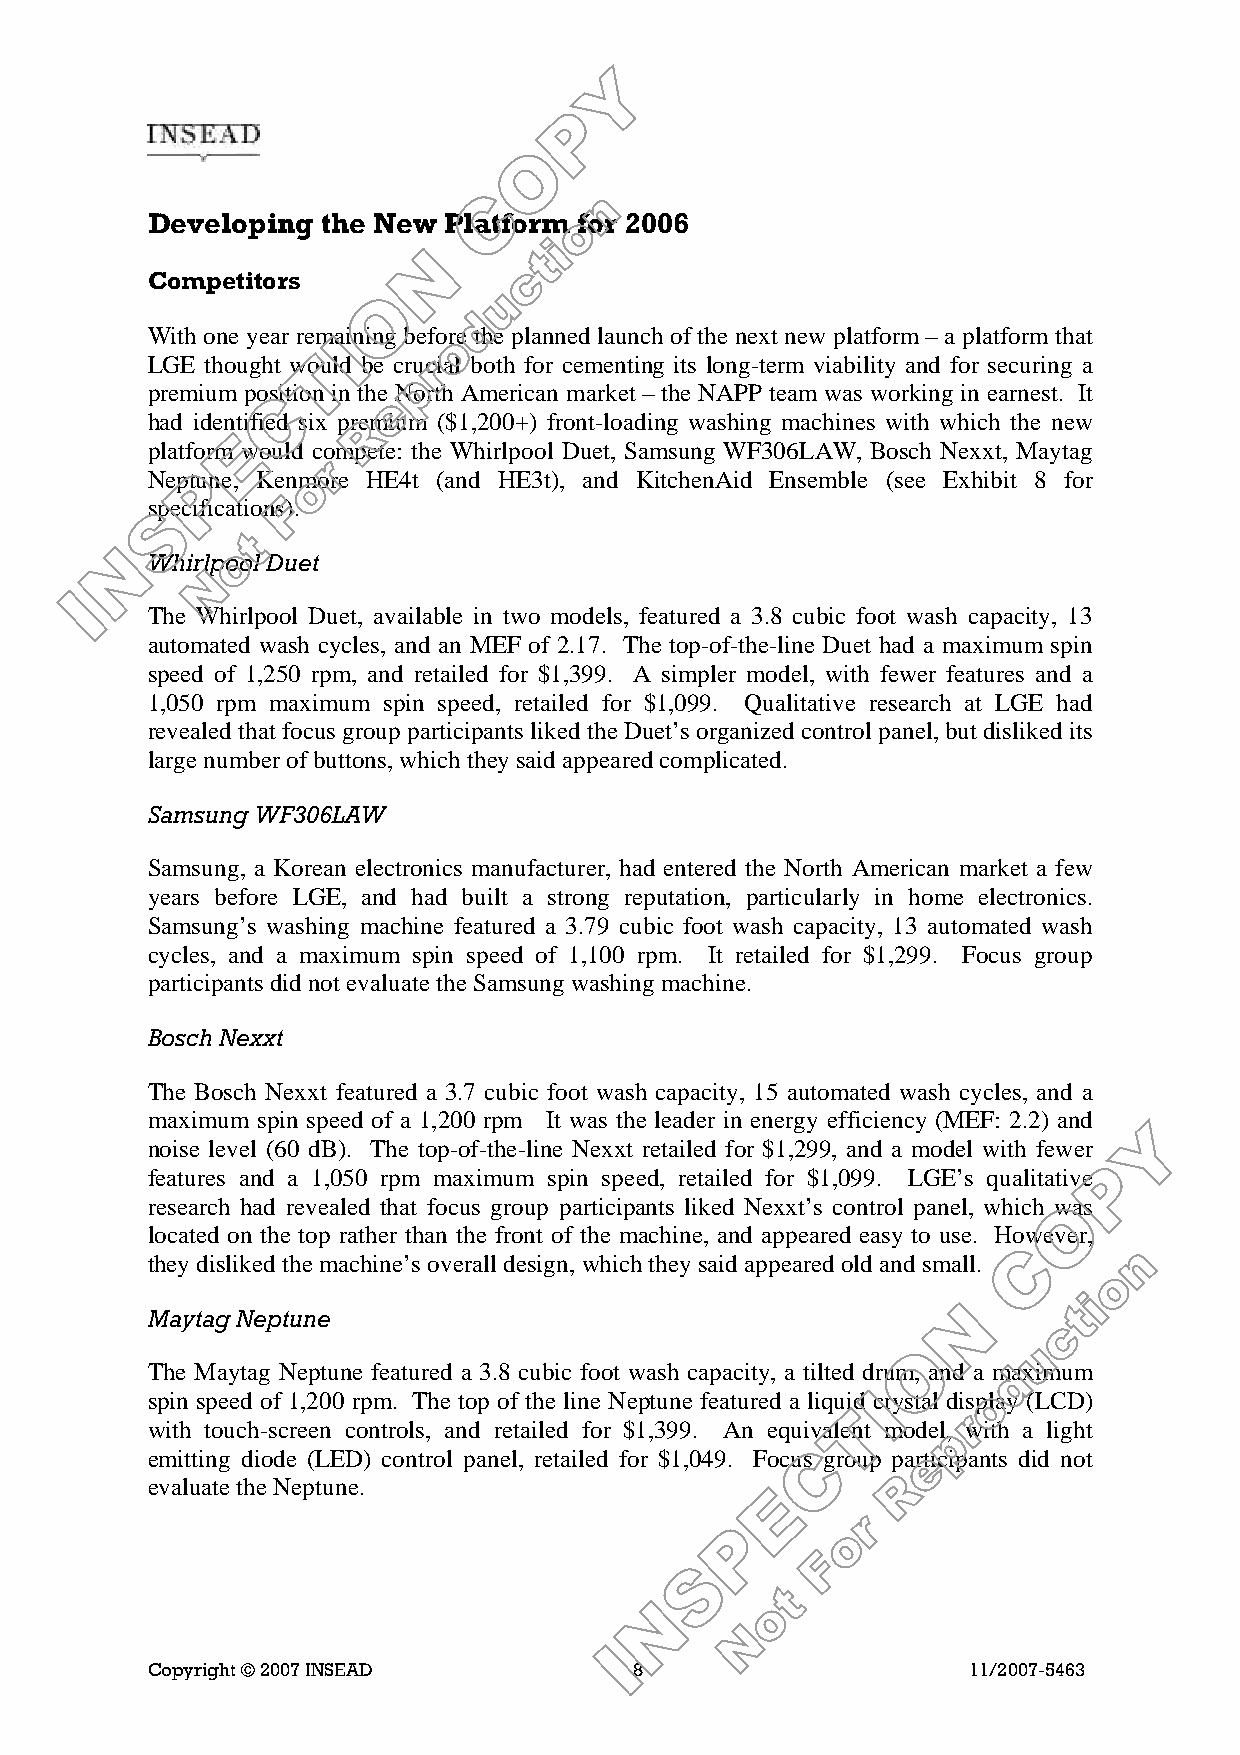
Developing the New Platform for 2006
 Competitors
 With one year remaining before the planned launch of the next new platform – a platform that
 LGE thought would be crucial both for cementing its long-term viability and for securing a
 premium position in the North American market – the NAPP team was working in earnest. It
 had identified six premium ($1,200+) front-loading washing machines with which the new
 platform would compete: the Whirlpool Duet, Samsung WF306LAW, Bosch Nexxt, Maytag
 Neptune, Kenmore HE4t (and HE3t), and KitchenAid Ensemble (see Exhibit 8 for
 specifications).
 Whirlpool Duet
 The Whirlpool Duet, available in two models, featured a 3.8 cubic foot wash capacity, 13
 automated wash cycles, and an MEF of 2.17. The top-of-the-line Duet had a maximum spin
 speed of 1,250 rpm, and retailed for $1,399. A simpler model, with fewer features and a
 1,050 rpm maximum spin speed, retailed for $1,099. Qualitative research at LGE had
 revealed that focus group participants liked the Duet’s organized control panel, but disliked its
 large number of buttons, which they said appeared complicated.
 Samsung WF306LAW
 Samsung, a Korean electronics manufacturer, had entered the North American market a few
 years before LGE, and had built a strong reputation, particularly in home electronics.
 Samsung’s washing machine featured a 3.79 cubic foot wash capacity, 13 automated wash
 cycles, and a maximum spin speed of 1,100 rpm. It retailed for $1,299. Focus group
 participants did not evaluate the Samsung washing machine.
 Bosch Nexxt
 The Bosch Nexxt featured a 3.7 cubic foot wash capacity, 15 automated wash cycles, and a
 maximum spin speed of a 1,200 rpm It was the leader in energy efficiency (MEF: 2.2) and
 noise level (60 dB). The top-of-the-line Nexxt retailed for $1,299, and a model with fewer
 features and a 1,050 rpm maximum spin speed, retailed for $1,099. LGE’s qualitative
 research had revealed that focus group participants liked Nexxt’s control panel, which was
 located on the top rather than the front of the machine, and appeared easy to use. However,
 they disliked the machine’s overall design, which they said appeared old and small.
 Maytag Neptune
 The Maytag Neptune featured a 3.8 cubic foot wash capacity, a tilted drum, and a maximum
 spin speed of 1,200 rpm. The top of the line Neptune featured a liquid crystal display (LCD)
 with touch-screen controls, and retailed for $1,399. An equivalent model, with a light
 emitting diode (LED) control panel, retailed for $1,049. Focus group participants did not
 evaluate the Neptune.
 Copyright © 2007 INSEAD         8                     11/2007-5463